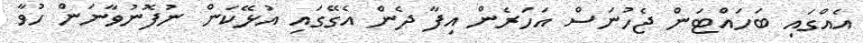
އެއްގައި ބަހައްޓަން ޖެހުނަސް އަހަރެން އިފާ ދެން އެގޭގައި އުޅޭކަން ނުފޮނުވާނަން ހުވާ